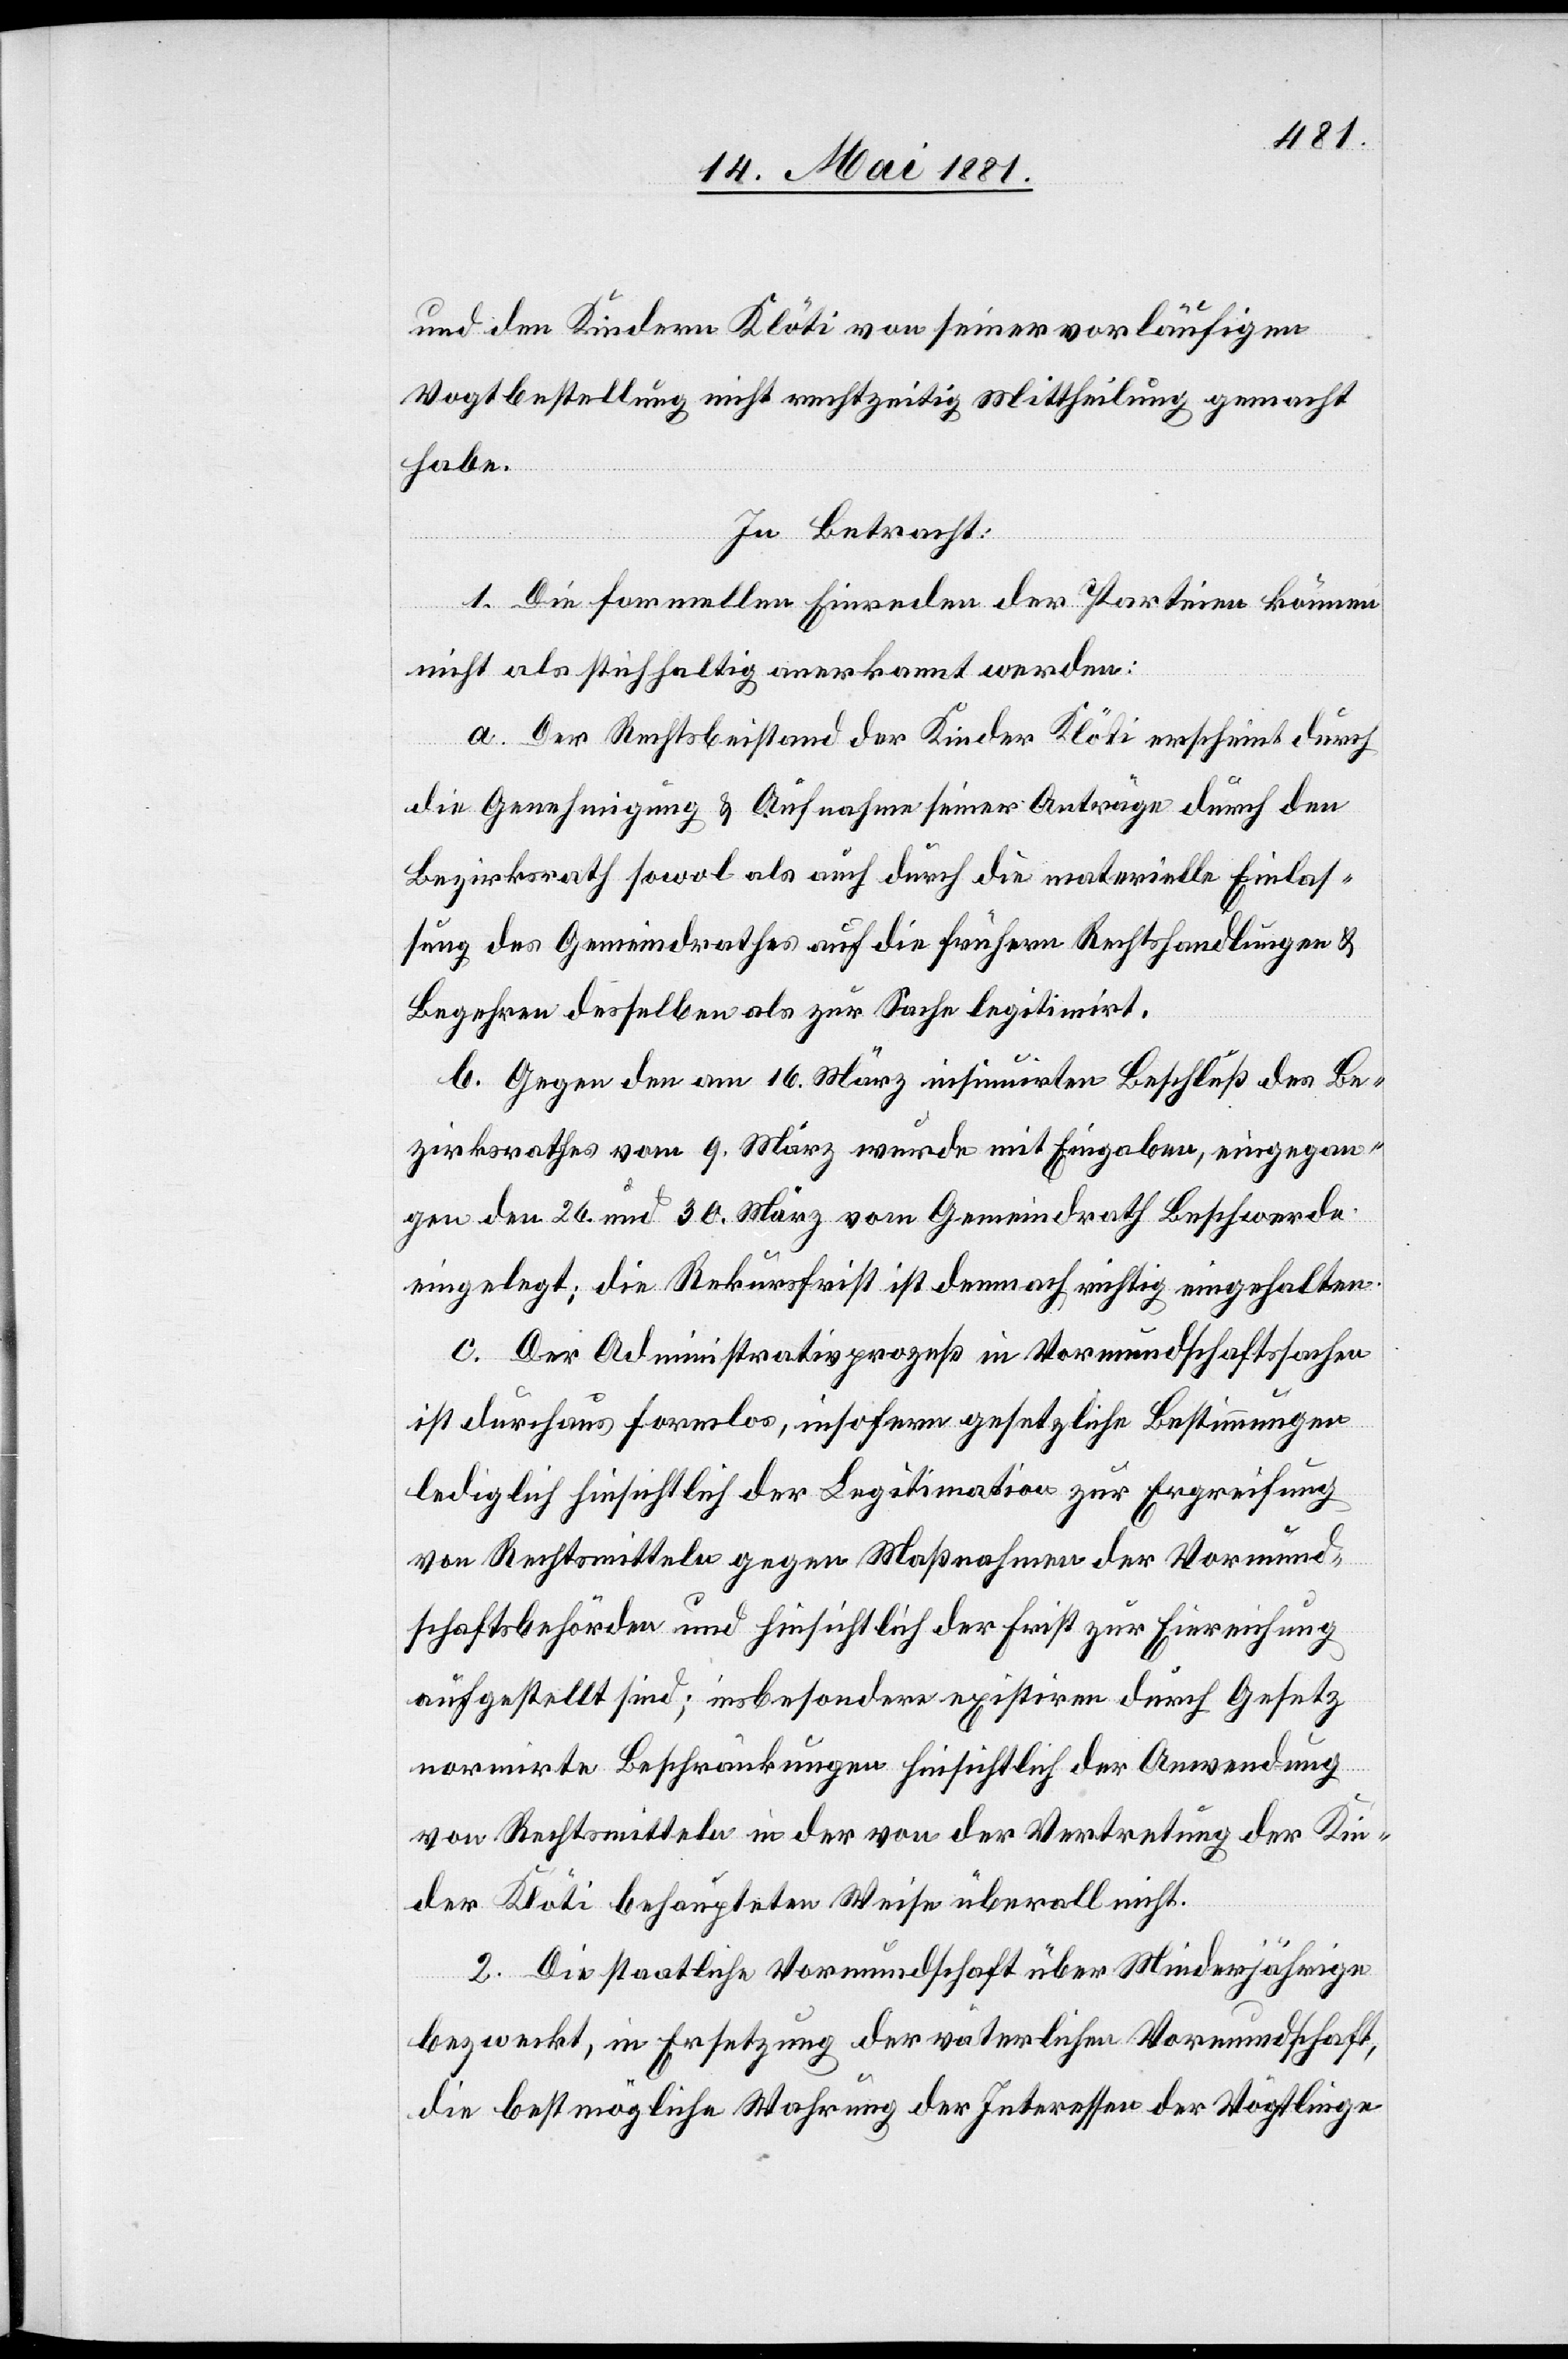
und den Kindern Klöti von seiner vorläufigen
Vogtbestellung nicht rechtzeitig Mittheilung gemacht
habe.
In Betracht:
1. Die formellen Einreden der Parteien können
nicht als stichhaltig anerkannt werden:
a. Der Rechtsbeistand der Kinder Klöti erscheint durch
die Genehmigung & Aufnahme seiner Anträge durch den
Bezirksrath sowol als auch durch die materielle Einlas¬
sung des Gemeindrathes auf die frühern Rechtshandlungen &
Begehren desselben als zur Sache legitimirt.
b. Gegen den am 16. März insinuirten Beschluß des Be¬
zirksrathes vom 9. März wurde mit Eingaben, eingegan¬
gen den 26. und 30. März vom Gemeindrath Beschwerde
eingelegt; die Rekursfrist ist demnach richtig eingehalten.
c. Der Administrativprozeß in Vormundschaftssachen
ist durchaus formlos, insofern gesetzliche Bestimmungen
lediglich hinsichtlich der Legitimation zur Ergreifung
von Rechtsmitteln gegen Maßnahmen der Vormund¬
schaftsbehörden und hinsichtlich der Frist zu Einreichung
aufgestellt sind; insbesondere existiren durch Gesetz
normirte Beschränkungen hinsichtlich der Anwendung
von Rechtsmitteln in der von der Vertretung der Kin¬
der Klöti behaupteten Weise überall nicht.
2. Die staatliche Vormundschaft über Minderjährige
bezweckt, in Ersetzung der väterlichen Vormundschaft,
die bestmögliche Wahrung der Interessen der Vögtlinge.